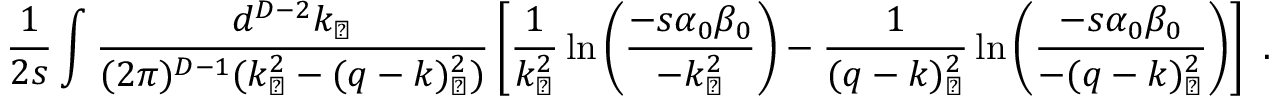
\frac { 1 } { 2 s } \int \frac { d ^ { D - 2 } k _ { \perp } } { ( 2 \pi ) ^ { D - 1 } ( k _ { \perp } ^ { 2 } - ( q - k ) _ { \perp } ^ { 2 } ) } \left[ \frac { 1 } { k _ { \perp } ^ { 2 } } \ln \left( \frac { - s \alpha _ { 0 } \beta _ { 0 } } { - k _ { \perp } ^ { 2 } } \right) - \frac { 1 } { ( q - k ) _ { \perp } ^ { 2 } } \ln \left( \frac { - s \alpha _ { 0 } \beta _ { 0 } } { - ( q - k ) _ { \perp } ^ { 2 } } \right) \right] ~ .